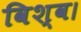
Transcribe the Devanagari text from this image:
विश्व।